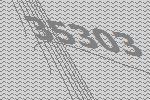
35303